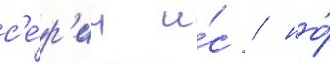
с'е́р'ии и́с / но́